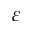
\varepsilon